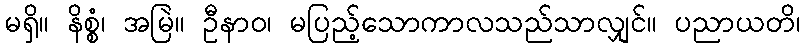
မရှိ။ နိစ္စံ၊ အမြဲ။ ဦနာဝ၊ မပြည့်သောကာလသည်သာလျှင်။ ပညာယတိ၊